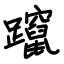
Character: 蹿